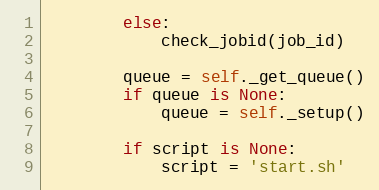
Language: Python
        else:
            check_jobid(job_id)

        queue = self._get_queue()
        if queue is None:
            queue = self._setup()

        if script is None:
            script = 'start.sh'